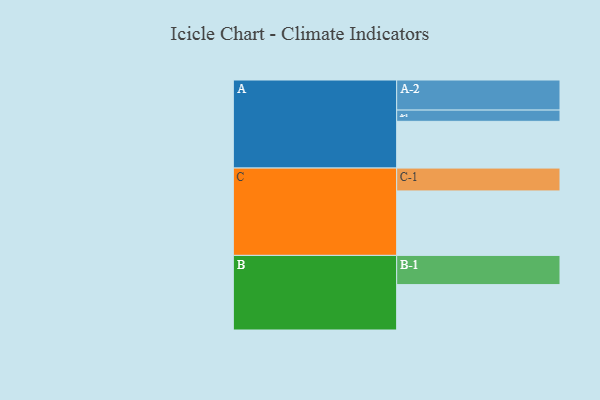
{"axis": {"x": "Segment", "y": "Value"}, "legend": ["", "A", "B", "C"], "data": [{"x": "A", "y": 382, "type": ""}, {"x": "B", "y": 371, "type": ""}, {"x": "C", "y": 527, "type": ""}, {"x": "A-1", "y": 92, "type": "A"}, {"x": "A-2", "y": 246, "type": "A"}, {"x": "B-1", "y": 239, "type": "B"}, {"x": "C-1", "y": 187, "type": "C"}]}